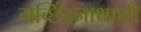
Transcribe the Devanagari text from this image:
मच्छिंद्रनाथाशी